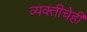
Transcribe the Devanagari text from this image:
व्यक्तीचेही